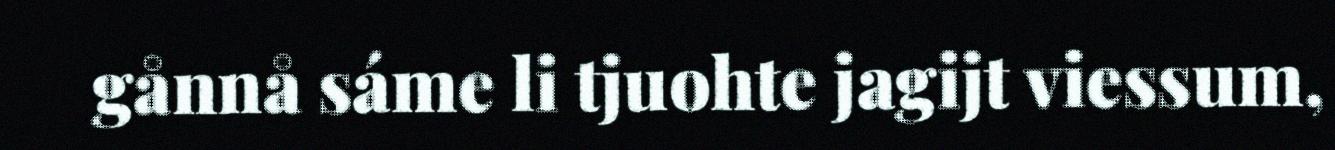
gånnå sáme li tjuohte jagijt viessum,